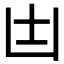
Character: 𠙽